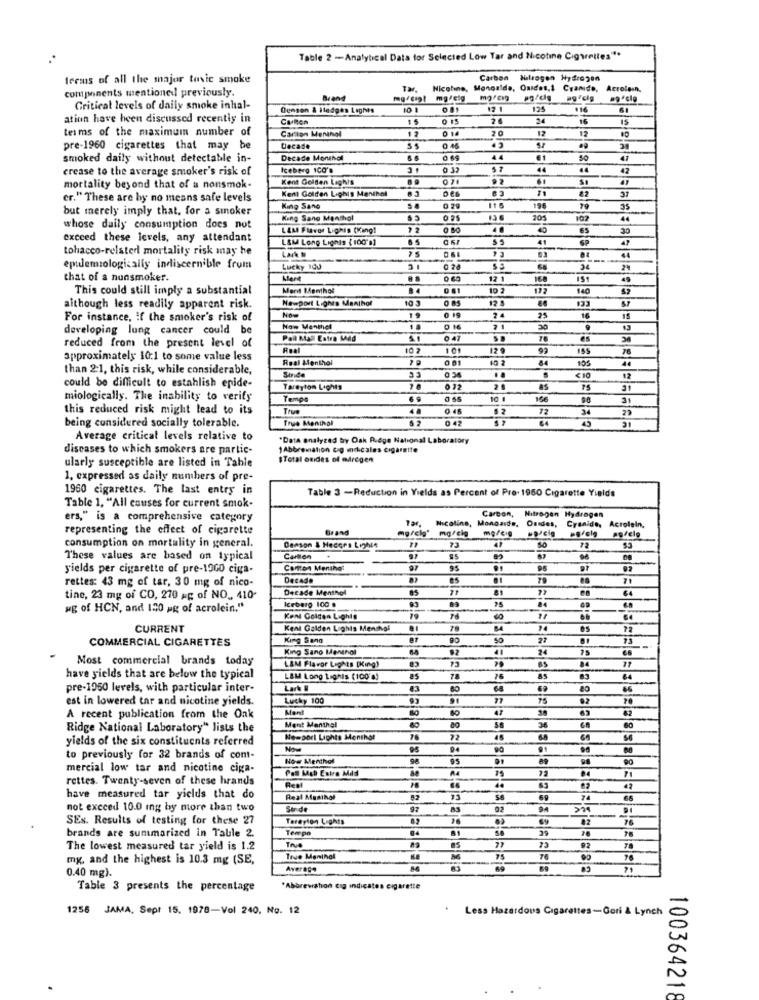
Table 2 -Analytical Data for Selected Low Tar and Nicotine Cigarettes" **
terms of all the major tovic smoke
Carbon Nitrogen Hydrogen
components mentioned! previously.
Tar, Nicotine, Mongalde, Quides,1 Cyanide,
Acrolesn.
Brand
Critical levels of daily smoke inhal-
Denson & Iledges Lights
10 1
125
·14
61
ation have been discussed recently in
0 15
2 6
24
16
15
terms of the maximum number of
Carton Meningl
0 14
20
12
12
pre-1960 cigarettes that may be
Decade
smoked daily without detectable in-
Decade Monthal
44
€1
47
crease to the average smoker's risk of
Iceberg 1CO's
0 37
42
Kent Golden Lights
mortality beyond that of a nonsmok-
Kent Golden Lighis Menthol
er." These are by no means safe levels
62
37
but merely imply that, for a smoker
King Sane
0 29
116
19€
79
King Sang Menthol
0 25
44
whose daily consumption does not
LAM Flavor Lighis (King!
12
30
exceed these levels, any attendant
L&M Long Lignis (100's]
41
47
tohacco-related mortality risk may he
Lak
03
-
epidemiologically indiscernible from
Lucky 100
0 28
that of a nunsmoker.
12 1
49
This could still imply a substantial
Ment Menthol
10 2
140
Newport Lignes Manihol
10 3
0 05
12 5
although less readily apparent risk.
0 19
For instance, If the smoker's risk of
24
25
16
15
developing lung cancer could be
Now Menthel
30
13
DC
Pall Mall Estra Med
70
es
reduced from the present level of
Real
10 2
101
12 9
78
approximately 10:1 to some value less
Real Menthol
84
105
44
than 2:1, this risk, while considerable,
33
.
12
could be difficult to establish epide-
Tareyton Lights
as
31
miologically. The inability to verify
Tempo
0 65
10 1
166
31
this reduced risk might lead to its
True
4.
0 45
72
34
23
being considered socially tolerable.
True Menthal
0 42
64
45
Average critical levels relative to
"Data analyzed by Oak Ridge National Laboratory
diseases to which smokers are partic-
1Abbreviation Og miticales cigareife
ularly susceptible are listed in Table
$Total osides of miregen
1. expressed as daily numbers of pre-
1960 cigarettes. The last entry in
Table 3 -Reduction in Yields as Percent of Pre- 1950 Cigarette Yields
Table 1, "All causes for current smok-
ers," is a comprehensive category
Carton, Nitrogen Hydrogen
representing the effect of cigarette
mg/clp" mg/cie
Tar, Nicolina, Monoaids, Onides, Cyanide, Acrolein,
mercig
consumption on mortality in general.
Benson & Heders Lighte
73
SO
73
These values are based on typical
Carton
yields per cigarette of pre-13GD ciga-
Carton Menthol
97
95
96
rettes: 43 mg of tar, 30 mg of nico-
Decade
es
81
79
71
Decade Menthol
81
tine, 23 mg of CO, 270 #E of NO ., 410-
Iceberg 100 g
ug of HCN, and 150 pg of acrolein."
Kent Golden Lights
79
CURRENT
Kent Galden Lights Menshol
5.4
14
COMMERCIAL CIGARETTES
King Sang
90
27
73
King Sano Menthol
92
24
Most commercial brands today
L&M Flavor Lights [King)
73
have yields that are below the typical
L&M Long Lignis (100 %)
78
76
pre-1960 levels, with particular inter-
68
est in lowered tar and nicotine yields.
Lucky 100
77
75
82
Mant
63
62
A recent publication from the Oak
Ridge National Laboratory" lists the
Ment Menthal
80
56
yields of the six constituents referred
Newport Lights Menthat
70
72
46
68
Celsials
Now
95
04
90
to previously for 32 brands of comt-
Now Menthol
95
89
98
mercial low tar and nicotine ciga-
Pas Mal Extra Mild
72
rettes. Twenty-seven of these hrands
Real
42
have measured tar yields that do
Real Masihol
52
74
66
not exceed 10.0 ing by more than two
Sur de
97
02
SEN. Results of testing for these 27
Taregion Lights
02
Tempo
04
81
39
78
brands are summarized in Table 2.
True
The lowest measured tar yield is 1.2
73
02
mg, and the highest is 10.3 mg (SE,
True Maninal
75
76
Average
0.40 mg).
Table 3 presents the percentage
*Abbreviation tig indicates cigarette
1256 JAMA, Sept 15. 1978-Vol 240, No. 12
Less Hazardous Cigarettes -Gori & Lynch
100364218